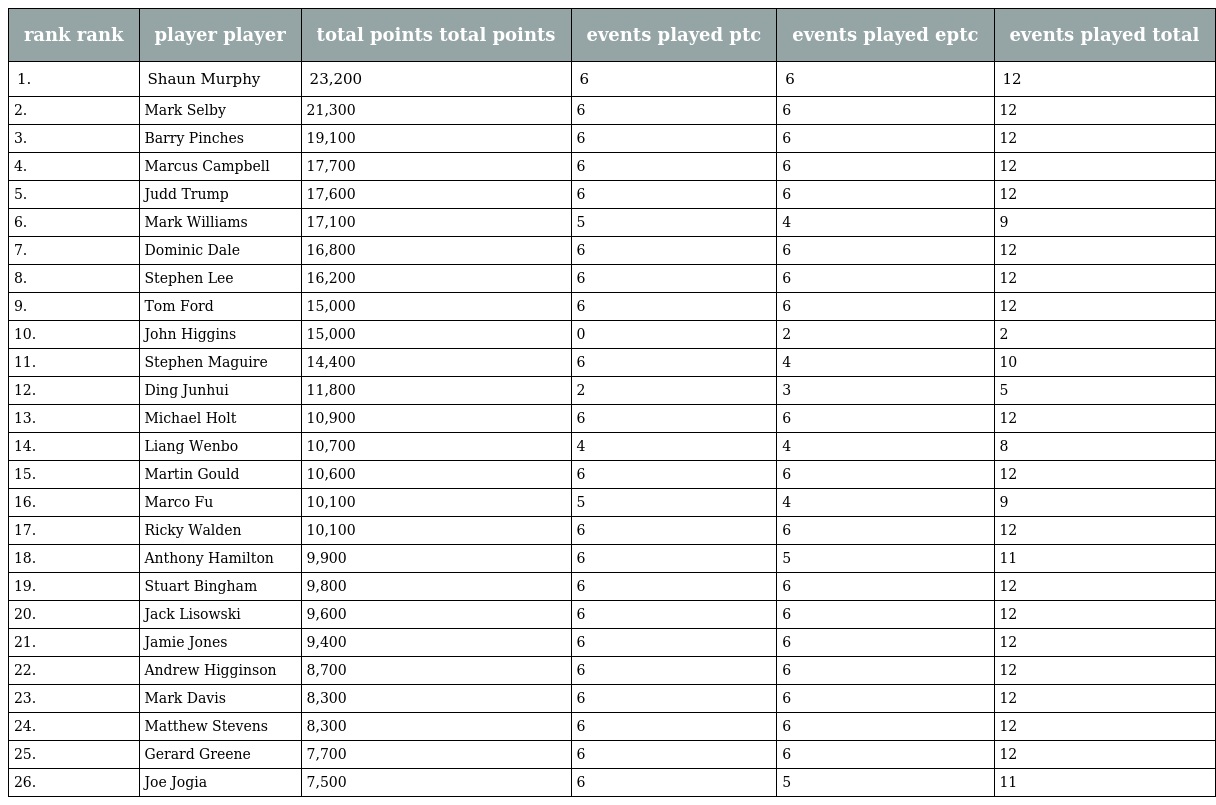
| rank rank | player player | total points total points | events played ptc | events played eptc | events played total |
 | --- | --- | --- | --- | --- | --- |
 | 1. | Shaun Murphy | 23,200 | 6 | 6 | 12 |
 | 2. | Mark Selby | 21,300 | 6 | 6 | 12 |
 | 3. | Barry Pinches | 19,100 | 6 | 6 | 12 |
 | 4. | Marcus Campbell | 17,700 | 6 | 6 | 12 |
 | 5. | Judd Trump | 17,600 | 6 | 6 | 12 |
 | 6. | Mark Williams | 17,100 | 5 | 4 | 9 |
 | 7. | Dominic Dale | 16,800 | 6 | 6 | 12 |
 | 8. | Stephen Lee | 16,200 | 6 | 6 | 12 |
 | 9. | Tom Ford | 15,000 | 6 | 6 | 12 |
 | 10. | John Higgins | 15,000 | 0 | 2 | 2 |
 | 11. | Stephen Maguire | 14,400 | 6 | 4 | 10 |
 | 12. | Ding Junhui | 11,800 | 2 | 3 | 5 |
 | 13. | Michael Holt | 10,900 | 6 | 6 | 12 |
 | 14. | Liang Wenbo | 10,700 | 4 | 4 | 8 |
 | 15. | Martin Gould | 10,600 | 6 | 6 | 12 |
 | 16. | Marco Fu | 10,100 | 5 | 4 | 9 |
 | 17. | Ricky Walden | 10,100 | 6 | 6 | 12 |
 | 18. | Anthony Hamilton | 9,900 | 6 | 5 | 11 |
 | 19. | Stuart Bingham | 9,800 | 6 | 6 | 12 |
 | 20. | Jack Lisowski | 9,600 | 6 | 6 | 12 |
 | 21. | Jamie Jones | 9,400 | 6 | 6 | 12 |
 | 22. | Andrew Higginson | 8,700 | 6 | 6 | 12 |
 | 23. | Mark Davis | 8,300 | 6 | 6 | 12 |
 | 24. | Matthew Stevens | 8,300 | 6 | 6 | 12 |
 | 25. | Gerard Greene | 7,700 | 6 | 6 | 12 |
 | 26. | Joe Jogia | 7,500 | 6 | 5 | 11 |